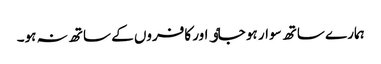
ہمارے ساتھ سوار ہو جاٶ اور کافروں کے ساتھ نہ ہو۔